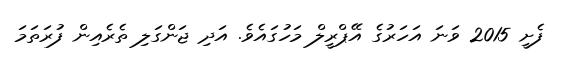
ފެށީ 2015 ވަނަ އަހަރުގެ އޭޕްރީލް މަހުގައެވެ. އަދި ޖަންގަލި ތެރެއިން ފުރަތަމަ